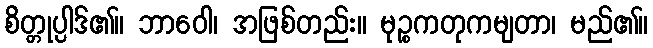
စိတ္တုပ္ပါဒ်၏။ ဘာဝေါ၊ အဖြစ်တည်း။ မုဉ္စကတုကမျတာ၊ မည်၏။